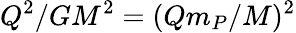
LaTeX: Q^{2}/GM^{2}=(Qm_{P}/M)^{2}